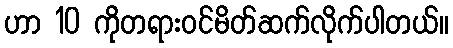
ဟာ 10 ကိုတရားဝင်မိတ်ဆက်လိုက်ပါတယ်။